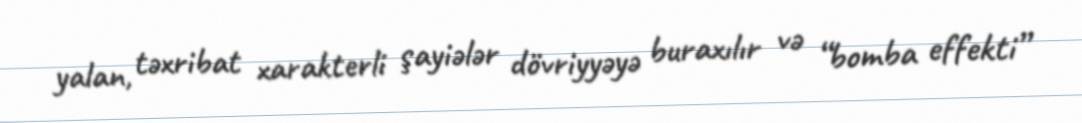
yalan, təxribat xarakterli şayiələr dövriyyəyə buraxılır və “bomba effekti”